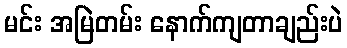
မင်း အမြဲတမ်း နောက်ကျတာချည်းပဲ